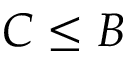
C \le B